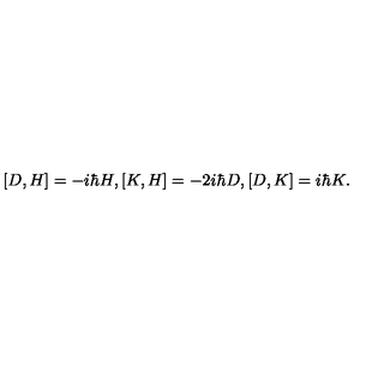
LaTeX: [ D , H ] = - i \hbar H , [ K , H ] = - 2 i \hbar D , [ D , K ] = i \hbar K .